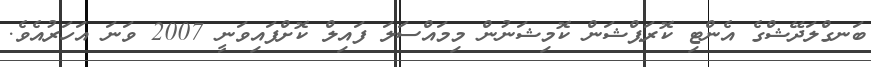
ބަނގްލަދޭޝްގެ އެންޓި ކޮރަޕްޝަން ކޮމިޝަނުން މިމައްސަލަ ފައިލް ކޮށްފައިވަނީ 2007 ވަނަ އަހަރުއެވެ.